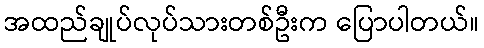
အထည်ချုပ်လုပ်သားတစ်ဦးက ပြောပါတယ်။